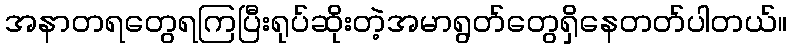
အနာတရတွေရကြပြီးရုပ်ဆိုးတဲ့အမာရွတ်တွေရှိနေတတ်ပါတယ်။